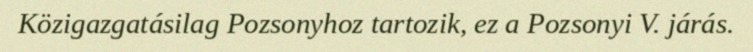
Közigazgatásilag Pozsonyhoz tartozik, ez a Pozsonyi V. járás.